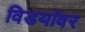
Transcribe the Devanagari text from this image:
विडयांवर